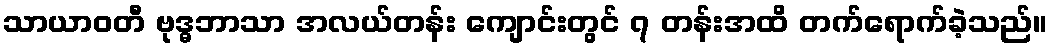
သာယာဝတီ ဗုဒ္ဓဘာသာ အလယ်တန်း ကျောင်းတွင် ၇ တန်းအထိ တက်ရောက်ခဲ့သည်။